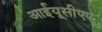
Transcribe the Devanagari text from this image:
आईयूसीएए